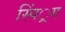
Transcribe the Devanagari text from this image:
स्पिं्रग